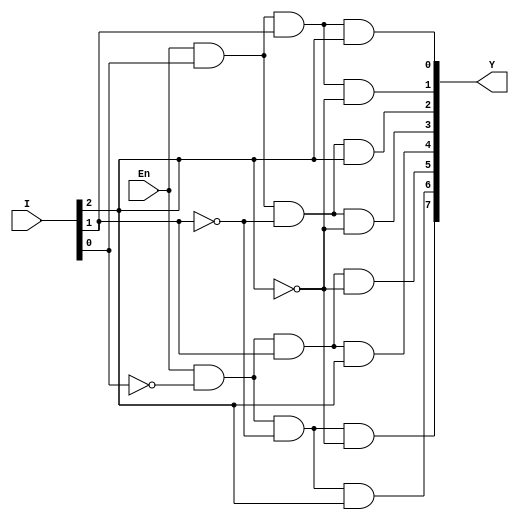
/**************************************************
 P1.1 3X8 DECODER DATAFLOW
 ************************************************/

 module decode_3_8_df(Y,I,En);
 	input [2:0]I;
 	input En;
 	output [7:0]Y;

 	assign Y = {En & ~I[0] & ~I[1] & ~I[2],
 				En & ~I[0] & ~I[1] & I[2],
 				En & ~I[0] & I[1] & ~I[2],
 				En & ~I[0] & I[1] & I[2],
 				En & I[0] & ~I[1] & ~I[2],
 				En & I[0] & ~I[1] & I[2],
 				En & I[0] & I[1] & ~I[2],
 				En & I[0] & I[1] & I[2]};

 endmodule